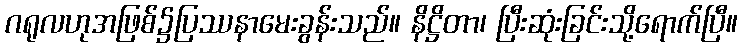
ဂရုလဟုအဖြစ်၌ပြဿနာမေးခွန်းသည်။ နိဋ္ဌိတာ၊ ပြီးဆုံးခြင်းသို့ရောက်ပြီ။